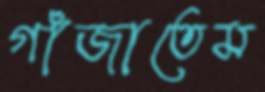
গাঁজাতেম